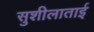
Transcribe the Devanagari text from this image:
सुशीलाताई